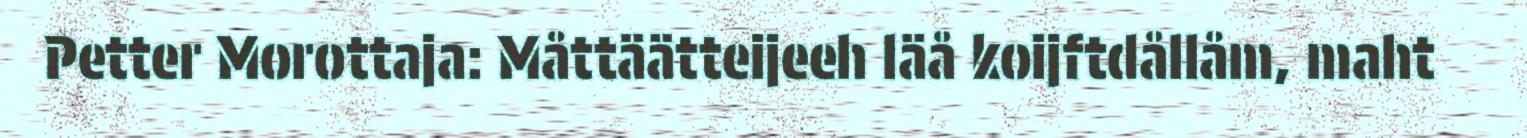
Petter Morottaja: Måttäätteijeeh läå koijftdållåm, maht